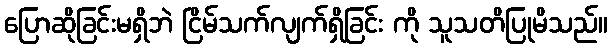
ပြောဆိုခြင်းမရှိဘဲ ငြိမ်သက်လျက်ရှိခြင်း ကို သူသတိပြုမိသည်။